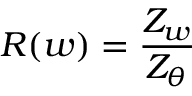
R ( w ) = \frac { Z _ { w } } { Z _ { \theta } }